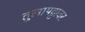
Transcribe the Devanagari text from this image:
तुलापट्टावर